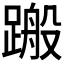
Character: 𨃟